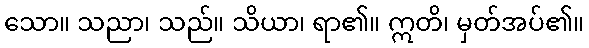
သော။ သညာ၊ သည်။ သိယာ၊ ရာ၏။ ဣတိ၊ မှတ်အပ်၏။